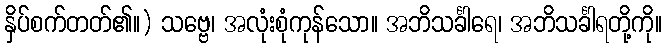
နှိပ်စက်တတ်၏။) သဗ္ဗေ၊ အလုံးစုံကုန်သော။ အဘိသင်္ခါရေ၊ အဘိသင်္ခါရတို့ကို။